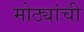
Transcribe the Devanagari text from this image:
मोठ्यांची